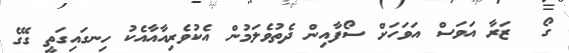
ގޯ  ޒަރާ އަވަސް އަވަހަށް ސޯފާއިން ދެތުވެލަމުން އެކުވެރިއާއާއެކު ހިނގައިގަތީ ގޭގެ